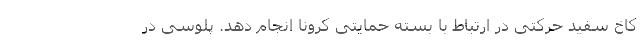
کاخ سفید حرکتی در ارتباط با بسته حمایتی کرونا انجام دهد. پلوسی در